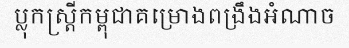
ប្លុកស្ត្រីកម្ពុជាគម្រោងពង្រឹងអំណាច